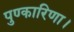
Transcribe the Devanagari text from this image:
पुण्कारिणा।